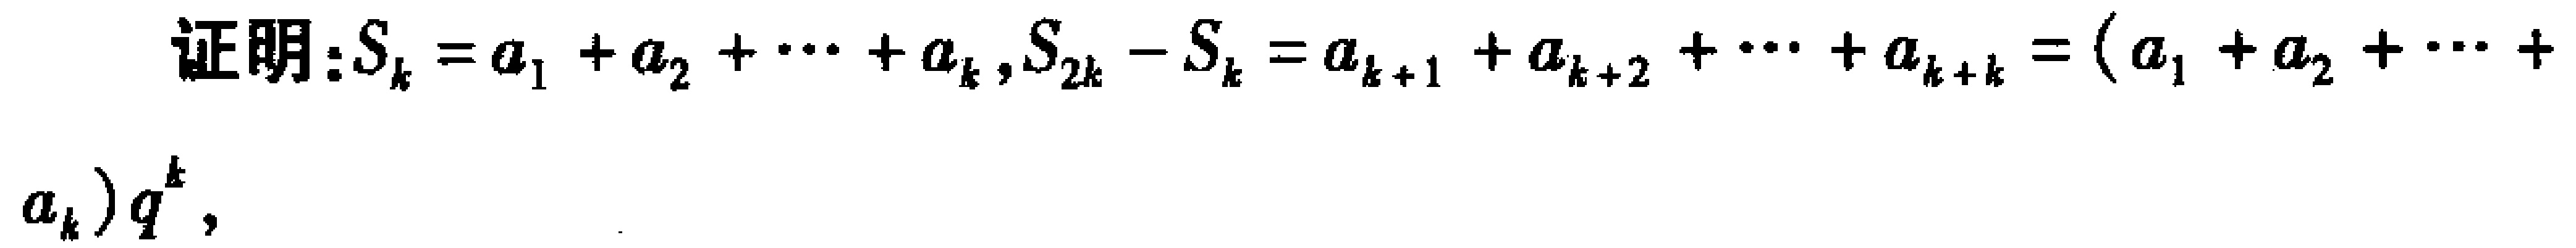
证明：\(S_{k}=a_{1}+a_{2}+\cdots +a_{k}\)，\(S_{2k}-S_{k}=a_{k + 1}+a_{k + 2}+\cdots +a_{k + k}=(a_{1}+a_{2}+\cdots +a_{k})q^{k}\)，